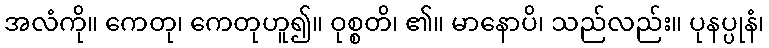
အလံကို။ ကေတု၊ ကေတုဟူ၍။ ဝုစ္စတိ၊ ၏။ မာနောပိ၊ သည်လည်း။ ပုနပ္ပုနံ၊